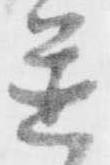
置